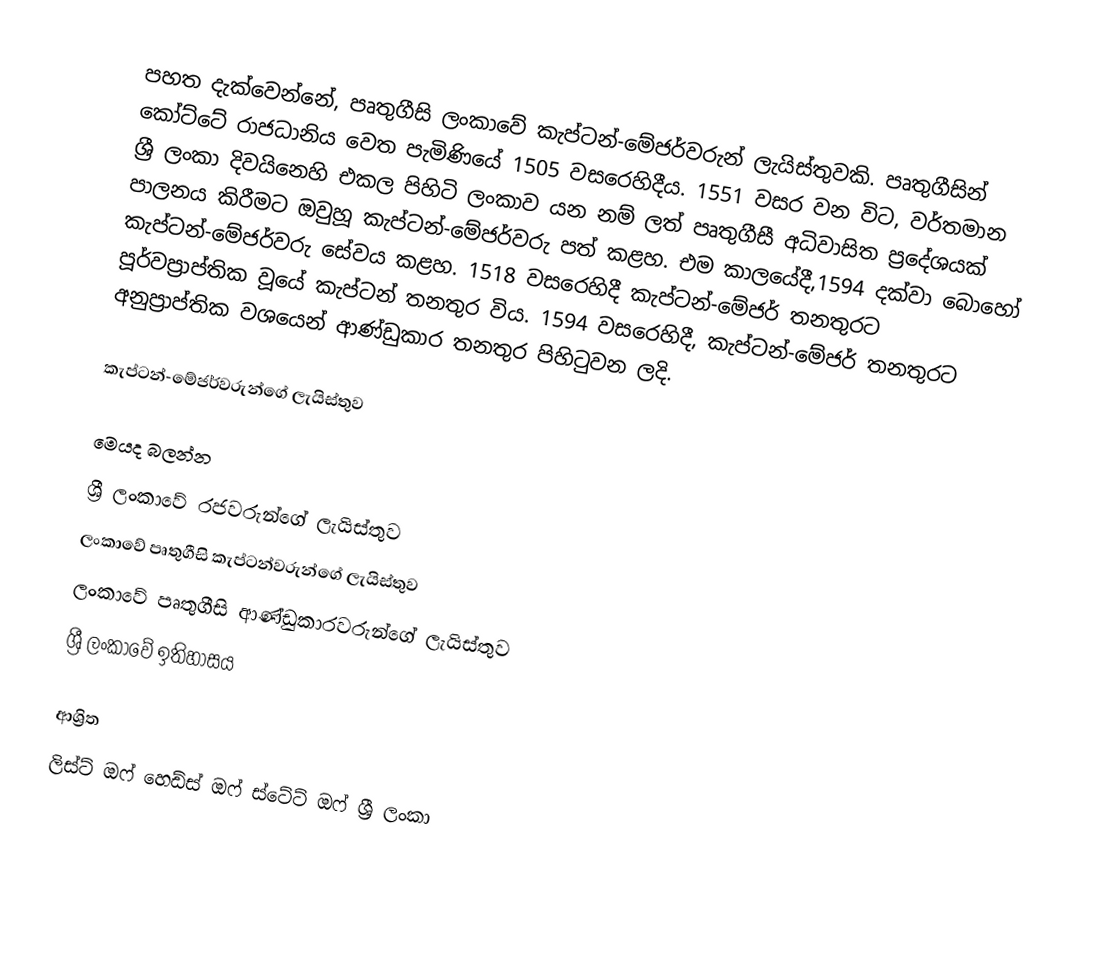
පහත දැක්වෙන්නේ,  පෘතුගීසි ලංකාවේ  කැප්ටන්-මේජර්වරුන් ලැයිස්තුවකි. පෘතුගීසින් කෝට්ටේ රාජධානිය වෙත පැමිණියේ 1505 වසරෙහිදීය. 1551 වසර වන විට, වර්තමාන ශ්‍රී ලංකා දිවයිනෙහි එකල පිහිටි  ලංකාව යන නම් ලත් පෘතුගීසී අධිවාසිත ප්‍රදේශයක් පාලනය කිරීමට ඔවුහූ කැප්ටන්-මේජර්වරු පත් කළහ. එම කාලයේදී,1594 දක්වා බොහෝ කැප්ටන්-මේජර්වරු සේවය කළහ. 1518 වසරෙහිදී කැප්ටන්-මේජර් තනතුරට පූර්වප්‍රාප්තික වූයේ කැප්ටන් තනතුර විය. 1594 වසරෙහිදී, කැප්ටන්-මේජර් තනතුරට අනුප්‍රාප්තික වශයෙන් ආණ්ඩුකාර තනතුර පිහිටුවන ලදි.

කැප්ටන්-මේජර්වරුන්ගේ ලැයිස්තුව

මෙයද බලන්න
 ශ්‍රී ලංකාවේ රජවරුන්ගේ ලැයිස්තුව
 ලංකාවේ පෘතුගීසි කැප්ටන්වරුන්ගේ ලැයිස්තුව
 ලංකාවේ පෘතුගීසි ආණ්ඩුකාරවරුන්ගේ ලැයිස්තුව
 ශ්‍රී ලංකාවේ ඉතිහාසය

ආශ්‍රිත
 ලිස්ට් ඔෆ් හෙඩ්ස් ඔෆ් ස්ටේට් ඔෆ් ශ්‍රී ලංකා